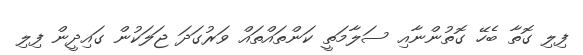
ފިލި ގޮތާ ބެހޭ ގޮތުންނާއި ސަލާމަތީ ކަންތައްތައް ވަރުގަދަ ޖަލަކުން ގައިދީން ފިލި